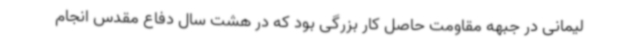
لیمانی در جبهه مقاومت حاصل کار بزرگی بود که در هشت سال دفاع مقدس انجام